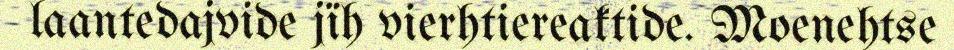
laantedajvide jïh vierhtiereaktide. Moenehtse